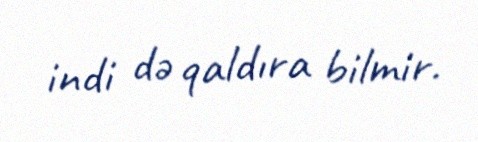
indi də qaldıra bilmir.